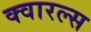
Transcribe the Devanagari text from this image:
क्वारल्स